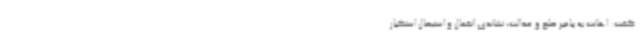
گفت: اهانت به پیامبر صلح و عدالت، نشانه‌ی انفعال و استیصال استکبار